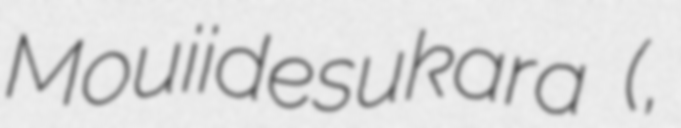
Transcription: Mouiidesukara (魔法少女なんてもういいですから。,